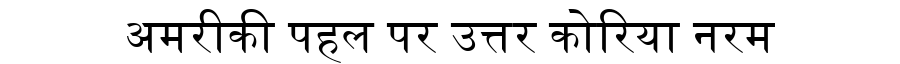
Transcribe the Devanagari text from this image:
अमरीकी पहल पर उत्तर कोरिया नरम